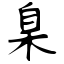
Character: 臬